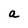
Character: a